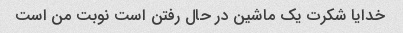
خدایا شکرت یک ماشین در حال رفتن است نوبت من است